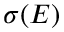
\sigma ( E )